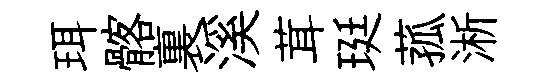
珥髂裏溪茸珽菰淅